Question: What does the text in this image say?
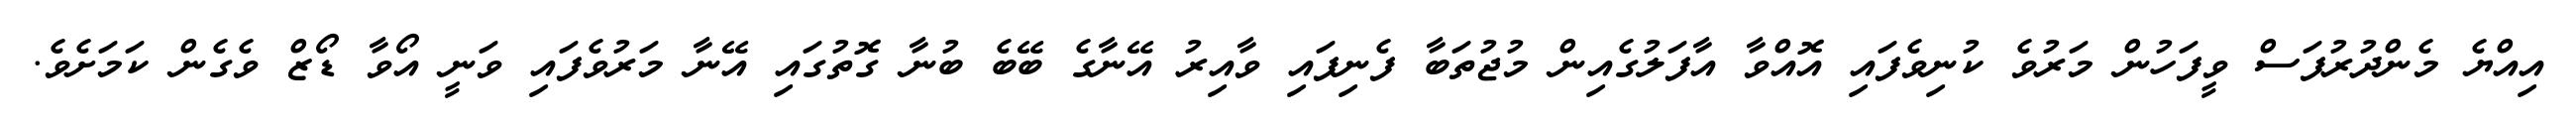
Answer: އިއްޔެ މެންދުރުފަސް ވީފަހުން މަރުވެ ކުނިވެފައި އޮއްވާ އާފަލުގެއިން މުޖުތަބާ ފެނިފައި ވާއިރު އޭނާގެ ބޭބެ ބުނާ ގޮތުގައި އޭނާ މަރުވެފައި ވަނީ އޯވާ ޑޯޒް ވެގެން ކަމަށެވެ.